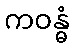
ကဝန္ဓံ